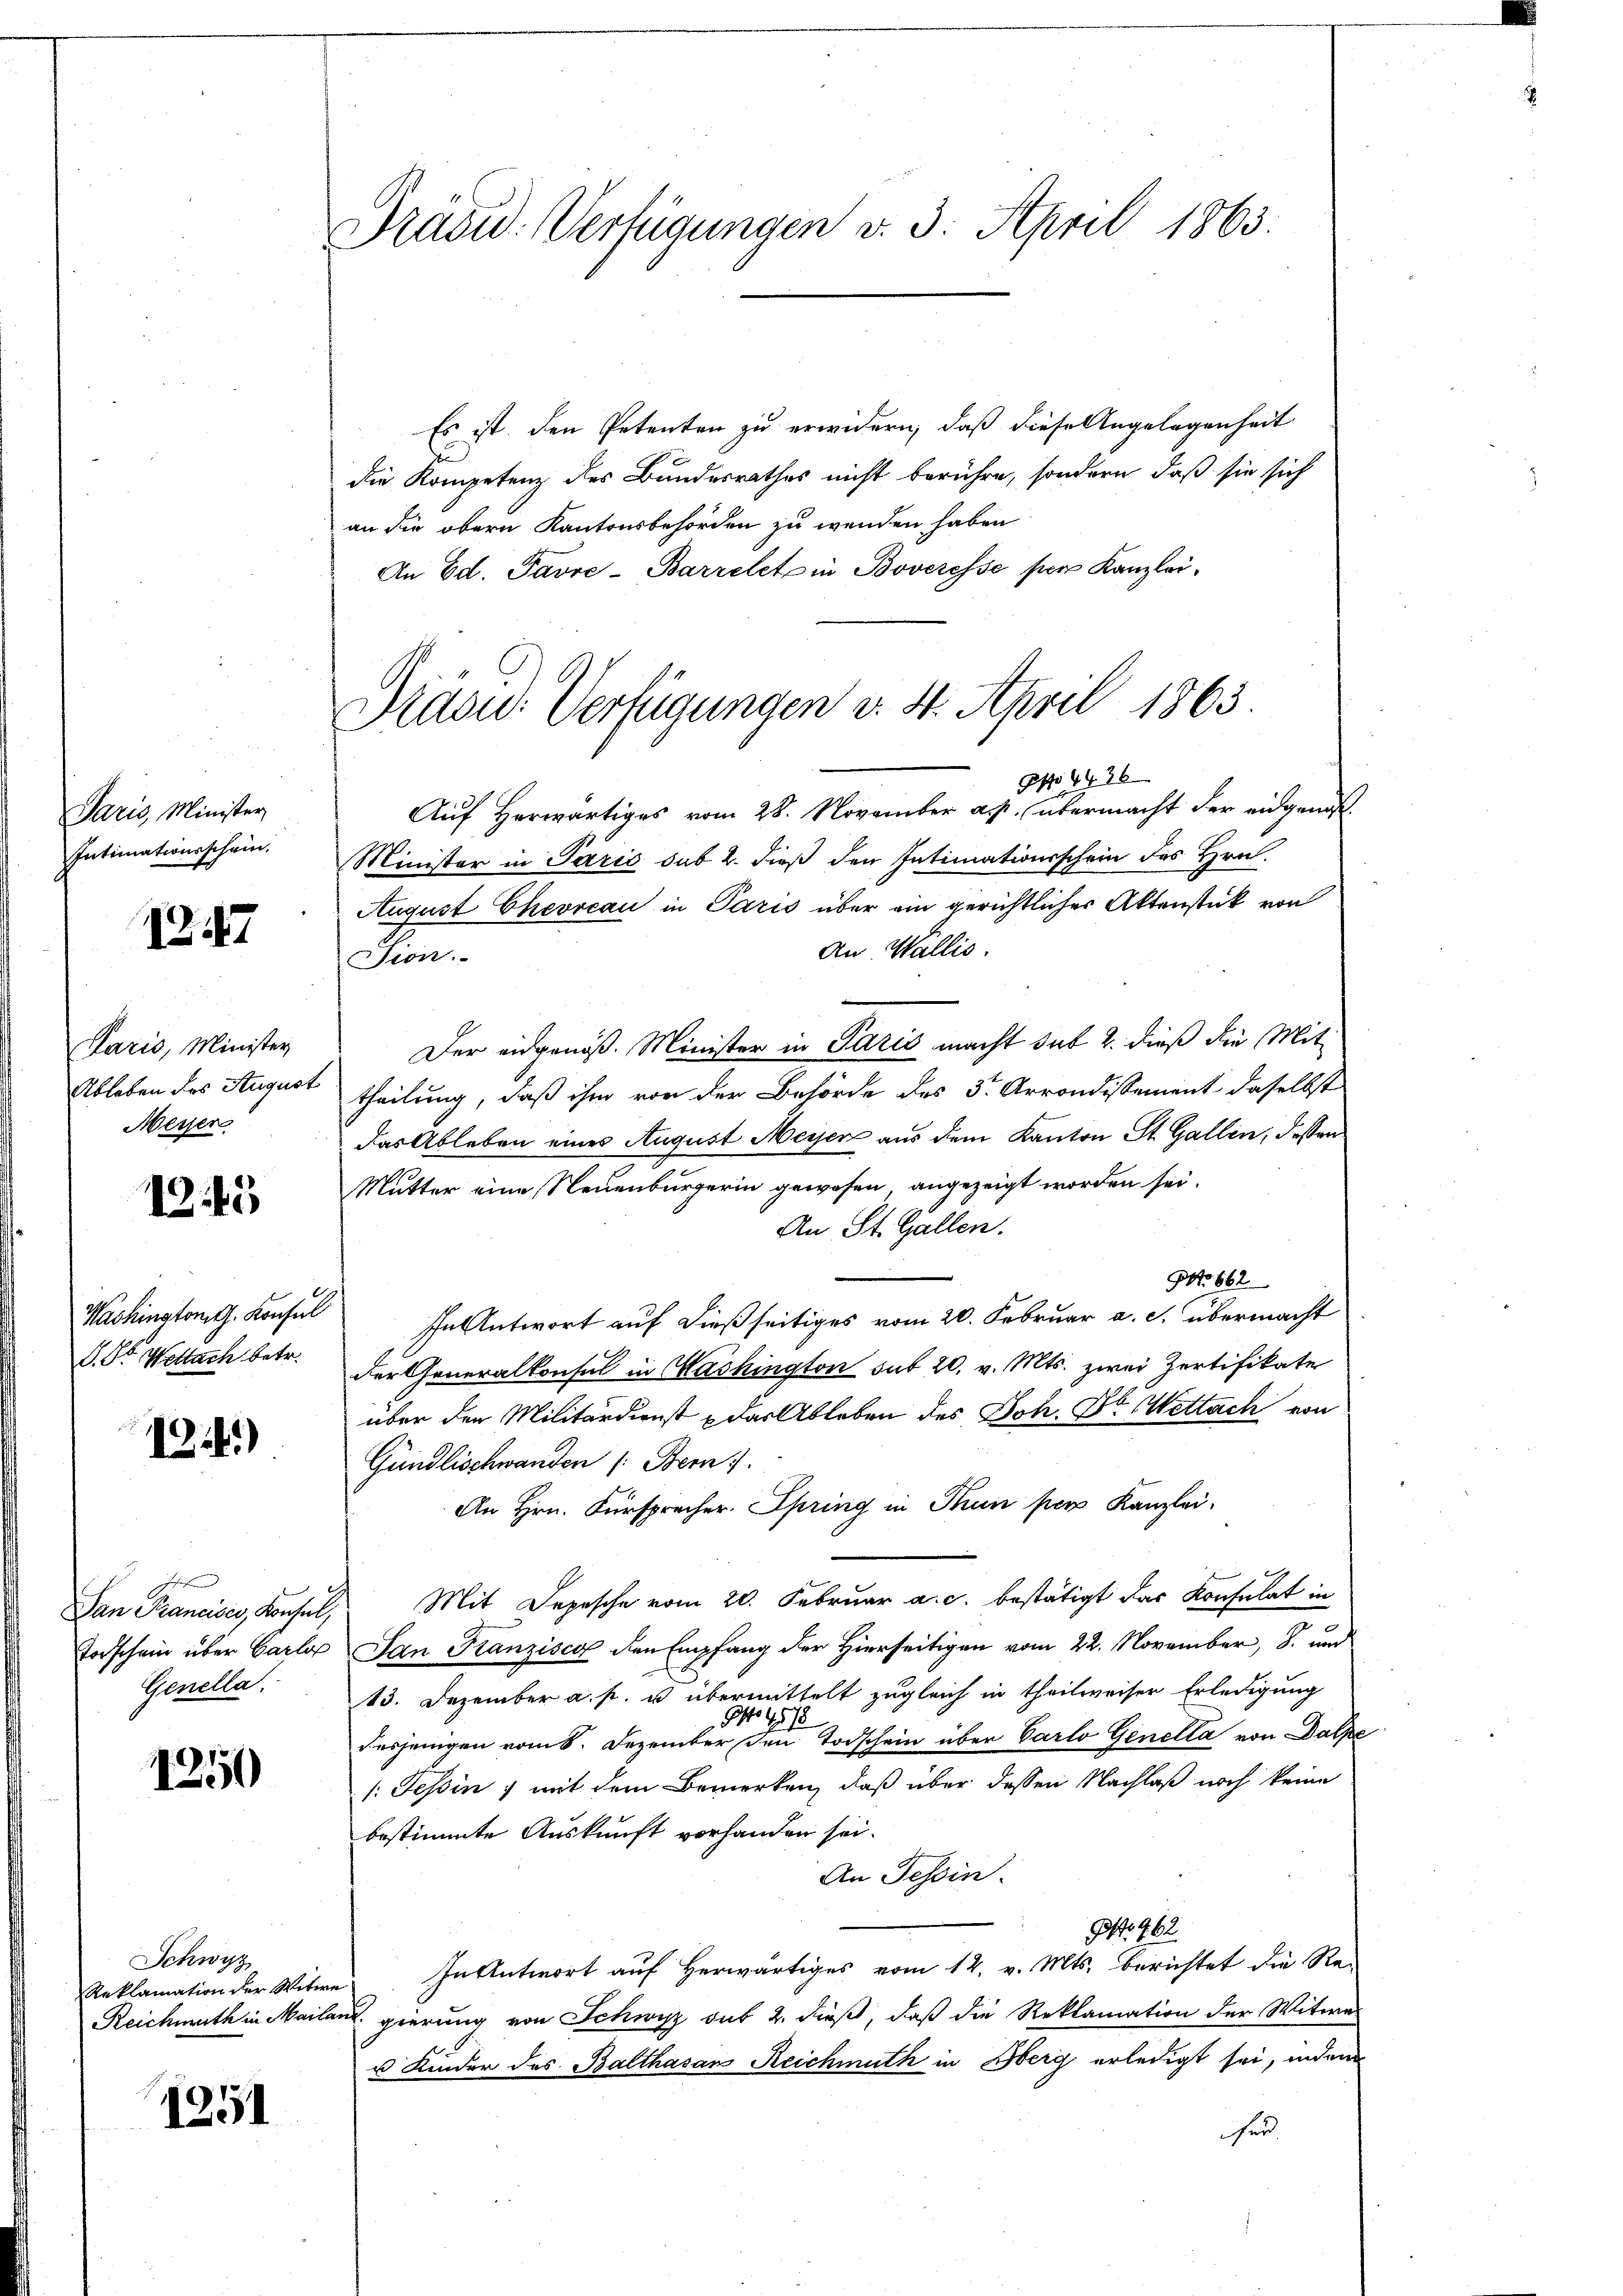
Paris, Minister
Intimationsschein.

1247

Paris, Minister
Meyer

1245

Washington G. Konsul
S. St. Wettach betr.

1241)

f
Genella.

1251)

Schwyz

1251

Präsid. Verfügungen v. 3. April 1863.

Präsid. Verfügungen v. 4. April 1863.

Es ist den Petenten zu erwidern, daß diese Angelegenheit
die Kompetenz des Bundesrathes nicht berühre, sondern, daß sie sich
an die obern Kantonsbehörden zu wenden haben
An Ed. Favre-Barrelet in Boveresse ser Kanzlei¬
Spo 4426
Auf Herwärtiges vom 28. November a. p. übermacht der eidgenoß¬
Minister in Paris sub 2. dieß den Intimationsschein des Hrn.
August Chevrcau in Paris über ein gerichtlicher Aktenstück von
An Wallis.
Sion.
Der eidgenöß. Minister in Paris macht sub 2. dieß die Mit
Ableben des August theilung, daß ihm von der Behörde des 3ten Arrondissement daselbst
das Ableben eines August Meisen aus dem Kanton St. Gallen, dessen
Mutter eine Neuenburgerin gewesen angezeigt worden sei.
An St. Gallen.
NNo. 662
se Antwort auf dießseitiges vom 20. Februar a. c. übermacht
der Generalkonsul in Washington sub 20. v. Mts. zwei Zertifikate
über den Militärdienst das Ableben des Joh. Dr Wettach von
Gündlischwanden (Bern).
An Hrn. Fürsprecher. Spring in Thun per Kanzlei.
Dan Francisco, Konsul, Mit Depesche vom 20. Februar a. c. bestätigt das Konsulat in
Todschein über Carlo San Franzisca den Empfang der Hierseitigen vom 22. November, 8. und
13. Dezember a. p. u übermittelt zugleich in theilweiser Erledigung
Ao 1878
desjenigen vom 8. Dezember den Todschein über Carlo Genella von Dalpe
1. Tessin, mit dem Bemerken, daß über dessen Nachlaß noch keine
bestimmte Auskunft vorhanden sei.
An Tessin.
9f No 962
Reklamation der Witwe In Antwort auf herwärtiges vom 12. v. Mts. berichtet die Re-
Reichmuth in Mailand gierung von Schwyz sub 2. dieß, daß die Reklamation der Witwe
u Kinder des Balthasans Reichmuth in Oberg erledigt sei, indem
hen.